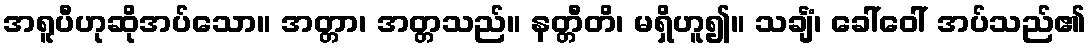
အရူပီဟုဆိုအပ်သော။ အတ္တာ၊ အတ္တသည်။ နတ္တီတိ၊ မရှိဟူ၍။ သင်္ချံ၊ ခေါ်ဝေါ် အပ်သည်၏